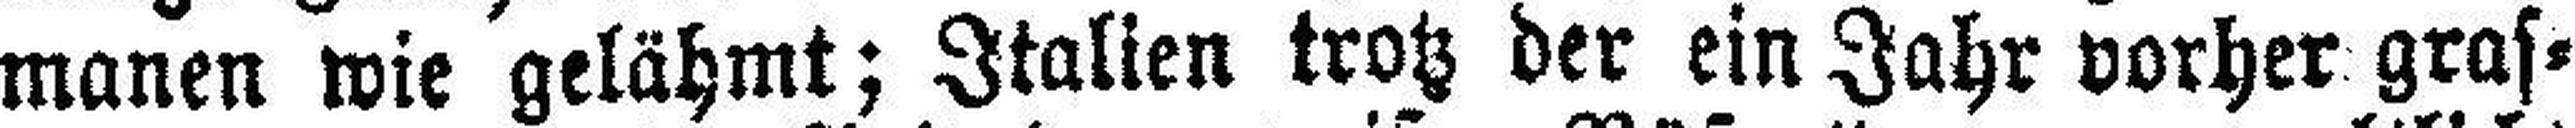
manen wie gelähmt; Italien trotz der ein Jahr vorher gras¬